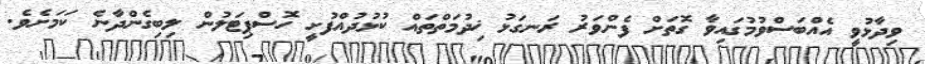
ވިދާޅުވީ އެއްބަސްވުމުގައިވާ ގޮތަށް ފެންވަރު ރަނގަޅު ޚިދުމަތްތައް ކުޅުދުއްފުށީ ހޮސްޕިޓަލުން ލިބިގެންދާނެ ކަމަށެވެ.